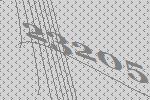
23205